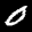
Label: 0